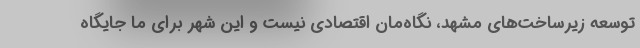
توسعه زیرساخت‌های مشهد، نگاه‌مان اقتصادی نیست و این شهر برای ما جایگاه